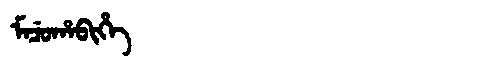
Manchu: ᠮᠠᠴᡠᡥᠠᠪᡳᡥᡝ
Romanization: MACUHABIHE